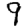
Digit: 9